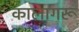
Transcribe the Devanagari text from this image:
कालागरू